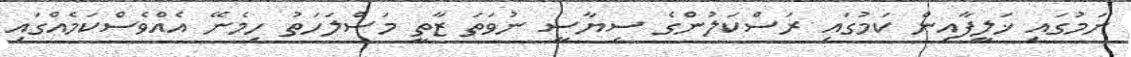
ނަމުގައި ޚަލީފާއިން ކަމުގައި ރަސްކަލުންގެ ސިޔާސީ ނުވަތަ ޒާތީ މަސްލަހަތު ހިމެނޭ އެއްވެސްކަމެއްގައި